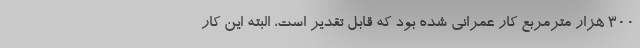
۳۰۰ هزار مترمربع کار عمرانی شده بود که قابل تقدیر است، البته این کار